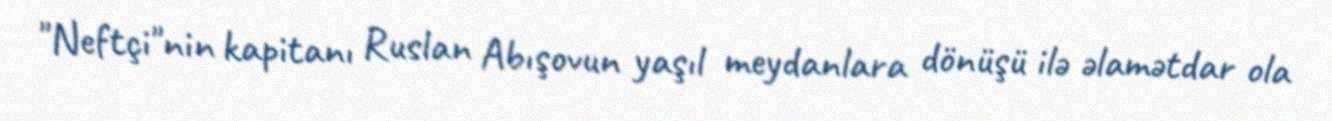
"Neftçi"nin kapitanı Ruslan Abışovun yaşıl meydanlara dönüşü ilə əlamətdar ola